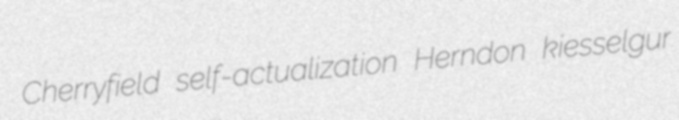
Cherryfield self-actualization Herndon kiesselgur